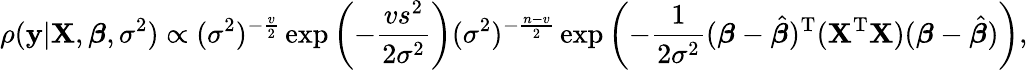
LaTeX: \rho(\mathbf{y}|\mathbf{X},{\boldsymbol{\beta}},\sigma^{2})\propto(\sigma^{2})^{-{\frac{v}{2}}}\exp\left(-{\frac{vs^{2}}{2{\sigma}^{2}}}\right)(\sigma^{2})^{-{\frac{n-v}{2}}}\exp\left(-{\frac{1}{2{\sigma}^{2}}}({\boldsymbol{\beta}}-{\hat{\boldsymbol{\beta}}})^{\mathrm{{T}}}(\mathbf{X}^{\mathrm{{T}}}\mathbf{X})({\boldsymbol{\beta}}-{\hat{\boldsymbol{\beta}}})\right),